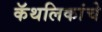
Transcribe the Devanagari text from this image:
कॅथलिकांचे